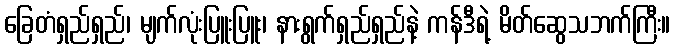
ခြေတံရှည်ရှည်၊ မျက်လုံးပြူးပြူး၊ နားရွက်ရှည်ရှည်နဲ့ ကန်ဒီရဲ့ မိတ်ဆွေသဘက်ကြီး။